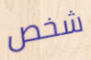
شخص